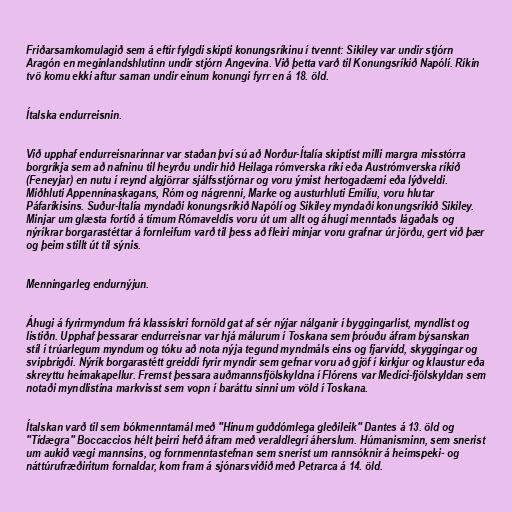
Friðarsamkomulagið sem á eftir fylgdi skipti konungsríkinu í tvennt: Sikiley var undir stjórn
Aragón en meginlandshlutinn undir stjórn Angevína. Við þetta varð til Konungsríkið Napólí. Ríkin
tvö komu ekki aftur saman undir einum konungi fyrr en á 18. öld.

Ítalska endurreisnin.

Við upphaf endurreisnarinnar var staðan því sú að Norður-Ítalía skiptist milli margra misstórra
borgríkja sem að nafninu til heyrðu undir hið Heilaga rómverska ríki eða Austrómverska ríkið
(Feneyjar) en nutu í reynd algjörrar sjálfsstjórnar og voru ýmist hertogadæmi eða lýðveldi.
Miðhluti Appennínaskagans, Róm og nágrenni, Marke og austurhluti Emilíu, voru hlutar
Páfaríkisins. Suður-Ítalía myndaði konungsríkið Napólí og Sikiley myndaði konungsríkið Sikiley.
Minjar um glæsta fortíð á tímum Rómaveldis voru út um allt og áhugi menntaðs lágaðals og
nýríkrar borgarastéttar á fornleifum varð til þess að fleiri minjar voru grafnar úr jörðu, gert við þær
og þeim stillt út til sýnis.

Menningarleg endurnýjun.

Áhugi á fyrirmyndum frá klassískri fornöld gat af sér nýjar nálganir í byggingarlist, myndlist og
listiðn. Upphaf þessarar endurreisnar var hjá málurum í Toskana sem þróuðu áfram býsanskan
stíl í trúarlegum myndum og tóku að nota nýja tegund myndmáls eins og fjarvídd, skyggingar og
svipbrigði. Nýrík borgarastétt greiddi fyrir myndir sem gefnar voru að gjöf í kirkjur og klaustur eða
skreyttu heimakapellur. Fremst þessara auðmannsfjölskyldna í Flórens var Medici-fjölskyldan sem
notaði myndlistina markvisst sem vopn í baráttu sinni um völd í Toskana.

Ítalskan varð til sem bókmenntamál með "Hinum guðdómlega gleðileik" Dantes á 13. öld og
"Tídægra" Boccaccios hélt þeirri hefð áfram með veraldlegri áherslum. Húmanisminn, sem snerist
um aukið vægi mannsins, og fornmenntastefnan sem snerist um rannsóknir á heimspeki- og
náttúrufræðiritum fornaldar, kom fram á sjónarsviðið með Petrarca á 14. öld.